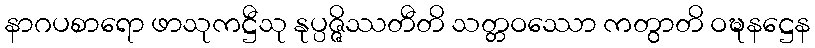
နာဂပစာရော ဖာသုကဋ္ဌီသု နုပ္ပဇ္ဇိဿတီတိ သတ္တဝဿော ကတွာတိ ဝဍ္ဎနဋ္ဌေန